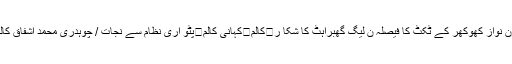
/ راجہ غلام قنبر	کالم	حلقہ این اے باون نواز کھوکھر کے ٹکٹ کا فیصلہ ن لیگ گھبراہٹ کا شکا ر	کالم	کہانی کالم	پٹو اری نظام سے نجات / چوہدری محمد اشفاق کالم	چودھری نثار علی خان کے مدمقابل؟